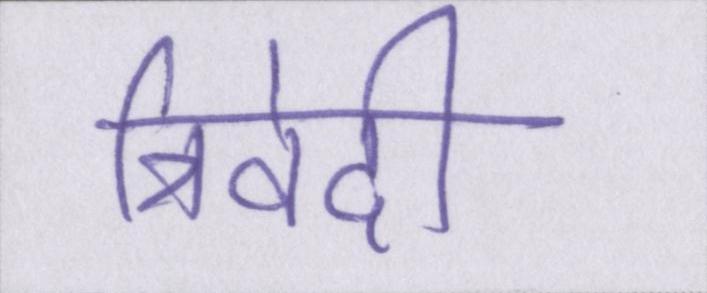
त्रिवेदी